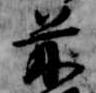
前